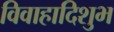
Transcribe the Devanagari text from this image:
विवाहादिशुभ